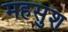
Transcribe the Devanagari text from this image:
महसुश